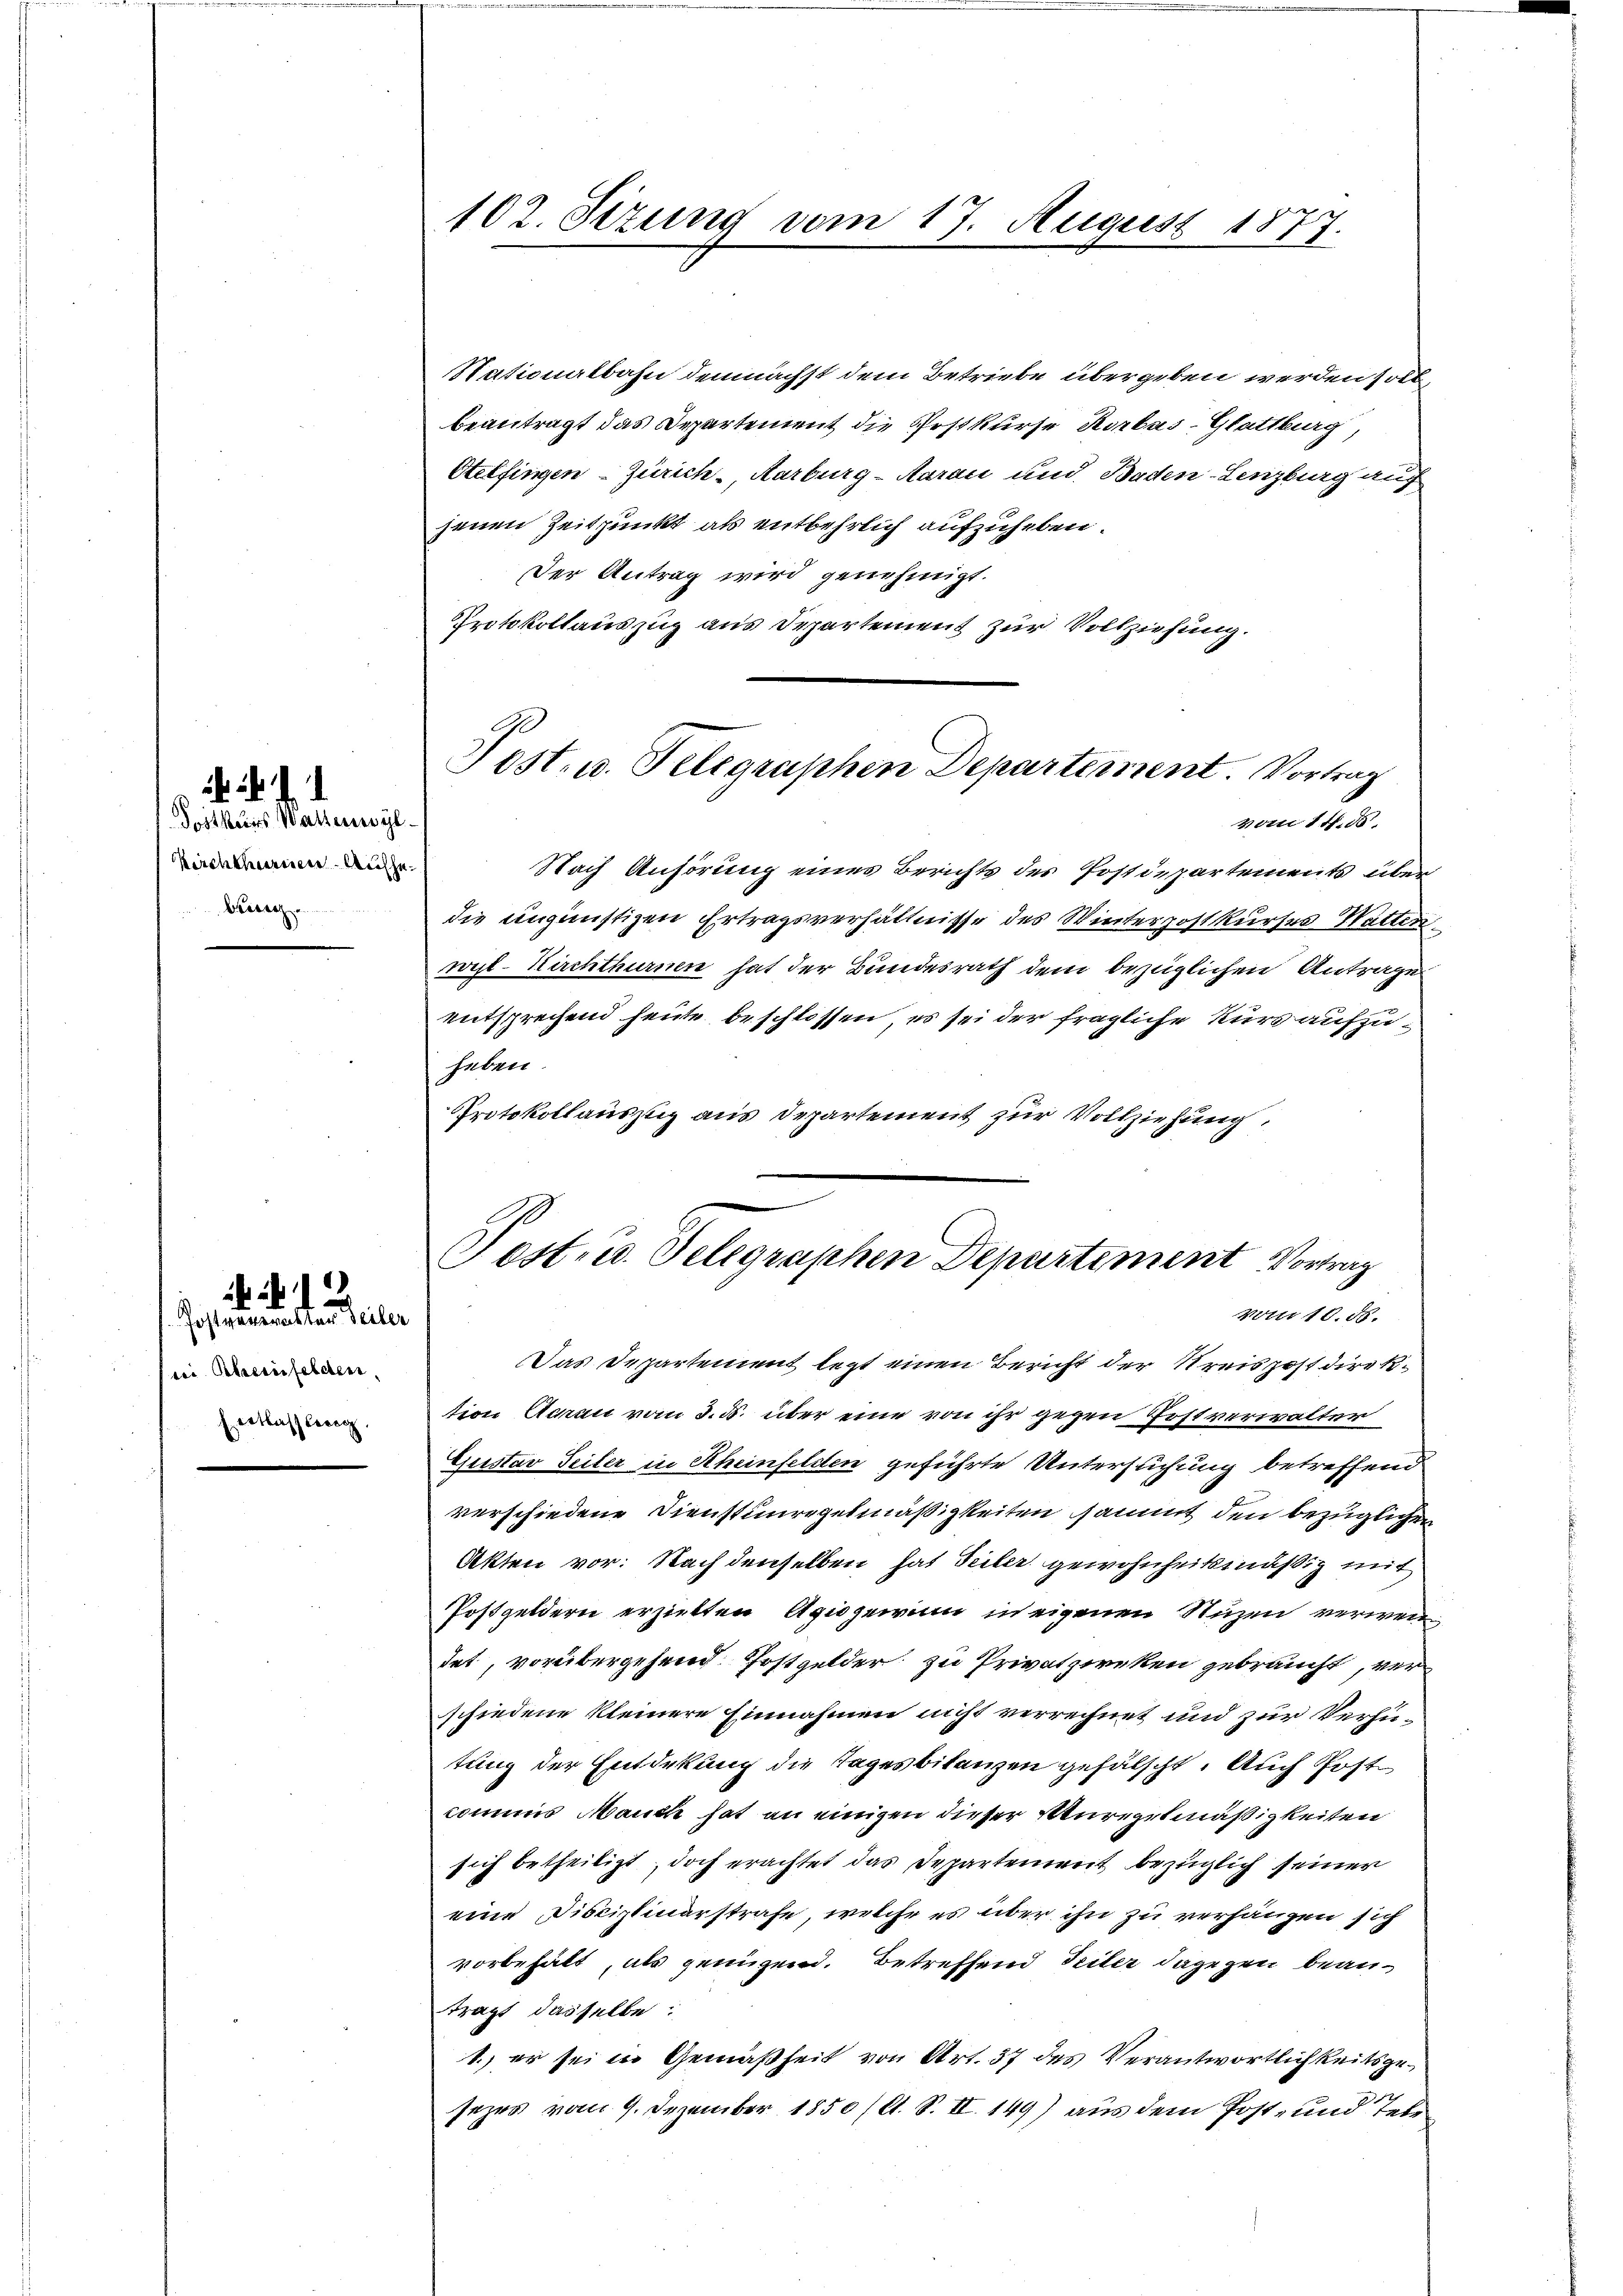
Postkurs Waltenwyl
Kircheinen Aufhebeizu

. . . .

Postnummensten Teiler
ses Beeinfelden,
Eettbashlweg

Nationalbahn demnächst dem Betriebe übergeben werden soll,
beantragt das Departement die Postkurse Rorbas-Glattburg,
Otelfingen - Zürich-Aarburg-Aarau und Baden-Lenzburg auf
jenen Zeitpunkt als entbehrlich aufzuheben.
Der Antrag wird genehmigt.
Protokollauszug aus Departement zur Vollziehung.

102. Sizung vom 17. August 1877.
.

Post- u. Telegraphen Departement. Vortrag
vom 14. d

Nach Anhörung eines Berichts des Postdepartements überdie ungünstigen Ertragsverhältnisse des Winterpostkurses Watter
wil-Kirchthurnen hat der Bundesrath dem bezüglichen Antrage
entsprechend heute beschlossen, es sei der fragliche Kurs aufzuheben.
Protokollauszug aus Departement zur Vollziehung:

Pest, u. Telegraphen Departement Vortrag
vom 10. ds.

Das Departement legt einen Bericht der Kreispost direktion Achau vom 3. d. über eine von ihr gegen Postverwalter
Ejustav Seiter in Rheinfelden geführte Untersuchung betreffend
verschiedene Dienstunregelmäßigkeiten sammt den bezüglichen
Akten vor. Nach denselben hat Teiler gewohnheitsmäßig mit
Postgeldern erzielten Agiozeii in eigenen Nuzen verwei
det, vorübergehend. Postgelder zu Privatzweken gebraucht, ver
schiedene kleinere Einnahmen nicht verrechnet und zur Verhütung der Entdekung die Tagesbitanzen gefälscht. Auch Post
commis Manch hat an einigen dieser Steuregelmäßigkeiten
sich betheiligt, doch erachtet das Departement bezüglich seiner
eine Disciplinerstrafe, welche es über ihn zu verhängen sich
vorbehält, als genügend. Betreffend Teiler dagegen beantragt dasselbe:
1. er sei in Gemäßheit von Art. 37 des Verantwortlichkeitsgesezes vom 9. Dezember 1850 (lt. S. II 149) aus dem Post- und Tele